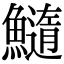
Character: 𩼂